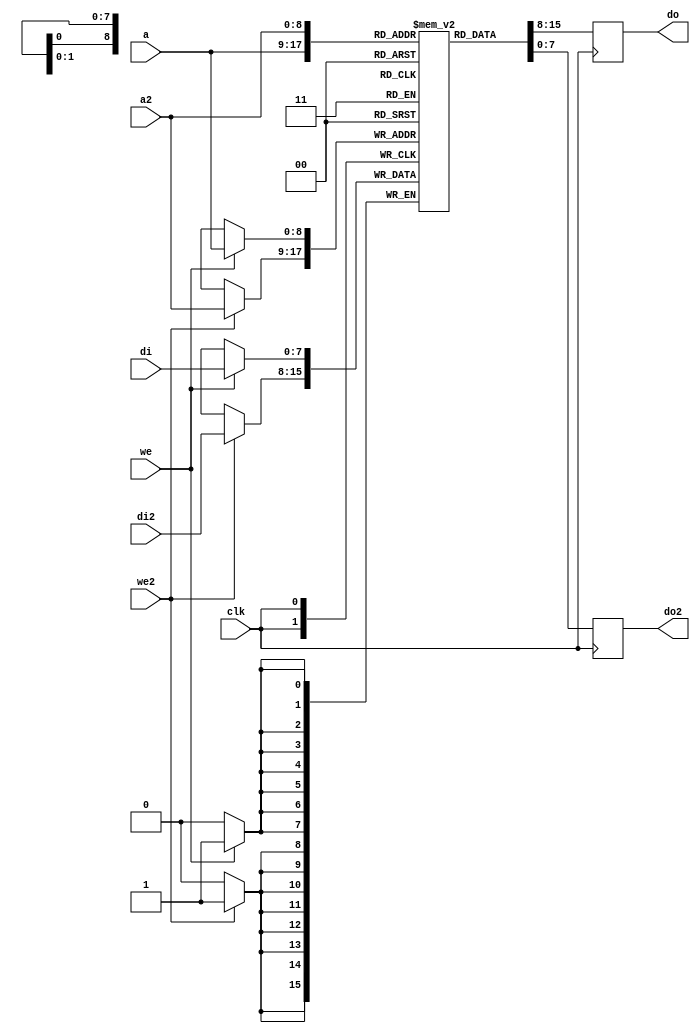
module dmx_dpram #(
	parameter depth = 9,
	parameter width = 8
) (
	input clk,

	input [depth-1:0] a,
	input we,
	input [width-1:0] di,
	output reg [width-1:0] do,

	input [depth-1:0] a2,
	input we2,
	input [width-1:0] di2,
	output reg [width-1:0] do2
);

reg [width-1:0] ram[0:(1 << depth)-1];

always @(posedge clk) begin
	if(we)
		ram[a] <= di;
	do <= ram[a];
	if(we2)
		ram[a2] <= di2;
	do2 <= ram[a2];
end

// synthesis translate_off
integer i;
initial begin
	for(i=0;i<(1 << depth);i=i+1)
		ram[i] = {width{1'b0}};
	ram[0] = 8'h55;
	ram[1] = 8'haa;
	ram[511] = 8'hff;
end
// synthesis translate_on

endmodule